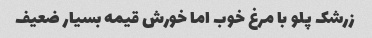
زرشک پلو با مرغ خوب اما خورش قیمه بسیار ضعیف